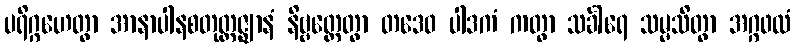
ပရိဂ္ဂဟေတွာ အာနာပါနစတုတ္ထဇ္ဈာနံ နိဗ္ဗတ္တေတွာ တဒေဝ ပါဒကံ ကတွာ သင်္ခါရေ သမ္မသိတွာ အဂ္ဂဖလံ